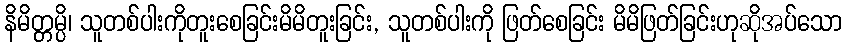
နိမိတ္တမ္ပိ၊ သူတစ်ပါးကိုတူးစေခြင်းမိမိတူးခြင်း, သူတစ်ပါးကို ဖြတ်စေခြင်း မိမိဖြတ်ခြင်းဟုဆိုအပ်သော